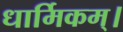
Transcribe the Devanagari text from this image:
धार्मिकम्‌।